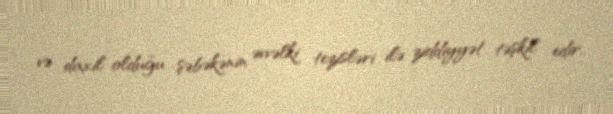
və daxil olduğu şəbəkənin əvvəlki tezisləri ilə ziddiyyət təşkil edir.